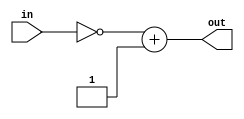
`timescale 1ns / 1ps
//////////////////////////////////////////////////////////////////////////////////
// Company: 
// Engineer: 
// 
// Design Name: 
// Module Name:    twos_complement_eight_bit 
// Project Name: 
// Target Devices: 
// Tool versions: 
// Description: 
//
// Dependencies: 
//
// Revision: 
// Revision 0.01 - File Created
// Additional Comments: 
//
//////////////////////////////////////////////////////////////////////////////////
module twos_complement_eight_bit(
    input [7:0] in,
    output [7:0] out
    );
	 assign out = (~in) + 1;
endmodule